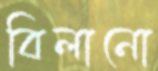
বিলানো